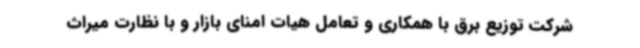
شرکت توزیع برق با همکاری و تعامل هیات امنای بازار و با نظارت میراث